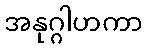
အနုဂ္ဂါဟကာ